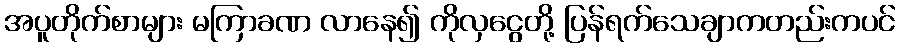
အပူတိုက်စာများ မကြာခဏ လာနေ၍ ကိုလှငွေတို့ ပြန်ရက်သေချာကတည်းကပင်